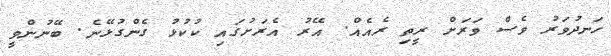
ހަނދުވަރު ވެސް ވަރަށް ރީތި ރެއެއް. އޭރު އެރަށުގައި ކުކުޅު ގެންގުޅޭނެ. ބޭނުންވީ